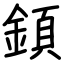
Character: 顉